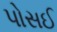
પોસઈ